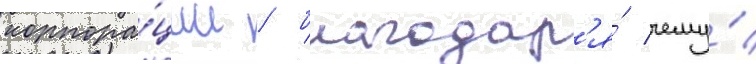
корпора́ции / благодар'я́ чему́